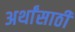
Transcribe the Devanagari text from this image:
अर्थांसाठी